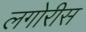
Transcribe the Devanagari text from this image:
लगोरीस